system: You are a helpful assistant.
user:
Analyze the provided spectrum to determine if it is a **"Cataclysmic Variables (CV)"**.

- **Key Indicators for CV (Check for either state):**
    - **State 1: Quiescent / Low-State (Emission-Dominated)**
        - **(Primary):** Strong and *very broad* Hydrogen Balmer emission lines (e.g., $H\alpha$ at 6563 Å, $H\beta$ at 4861 Å). The 'broadness' (high velocity dispersion, often FWHM > 1000 km/s) is the key diagnostic, indicating a high-velocity accretion disk.
        - **(Secondary):** Broad neutral Helium (He I) emission lines (e.g., 5876 Å, 6678 Å).
        - **(Key Confirmation):** Presence of high-excitation *ionized* Helium (He II) emission at 4686 Å. This is a strong indicator of accretion onto a white dwarf.
        - **(Line Profile):** Emission lines may exhibit a 'double-peaked' profile, which is a classic signature of a rotating accretion disk viewed at high inclination.

    - **State 2: Outburst / High-State (Absorption-Dominated)**
        - **(Primary):** Spectrum is dominated by a bright, blue continuum (looks like a hot star).
        - **(Secondary):** The emission lines from State 1 are weak, absent, or 'filled in', and are replaced by broad, shallow *absorption* lines (primarily Balmer and He I).
        - **(Morphology):** The overall spectrum mimics a hot B/A-type star. The crucial difference is that the absorption lines are significantly broader, shallower, and more 'washed-out' (or 'smeared') than the sharp lines of a normal stellar photosphere, due to high rotational speeds and pressure broadening in the disk.

Think first, call **spectral_visualization_tool** if needed to examine features in detail, then provide your final answer. Your response must adhere to the following strict rules:
1.  **Overall Structure:** Your response must follow the format `<think>...</think> <tool_call>...</tool_call> (if a tool is used) <answer>...</answer>`.
2.  **Tool Usage Constraint:** You may only make **one** tool call per turn.
3.  **Final Answer Format:** In the `<answer>` tag, your conclusion must be inside a `\boxed{}` command (e.g., `\boxed{YES}`), followed by your justification.

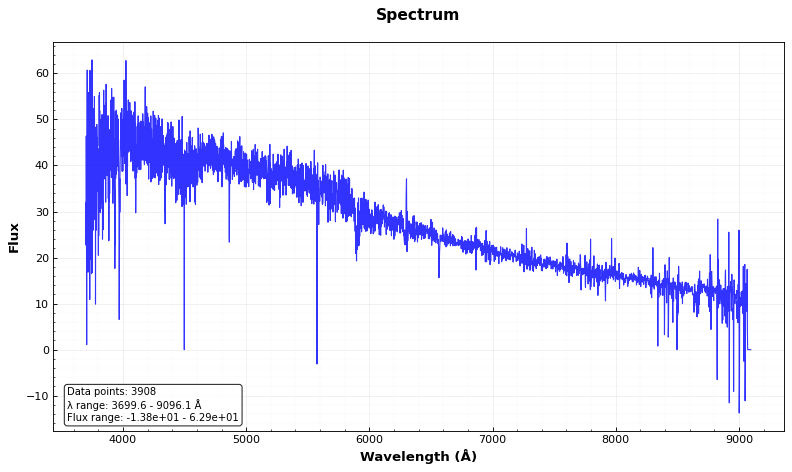
Answer: NO